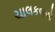
ચાલકબળો